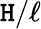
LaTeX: \mathtt{H}/\ell